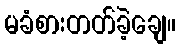
မခံစားတတ်ခဲ့ချေ။